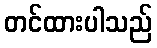
တင်ထားပါသည်